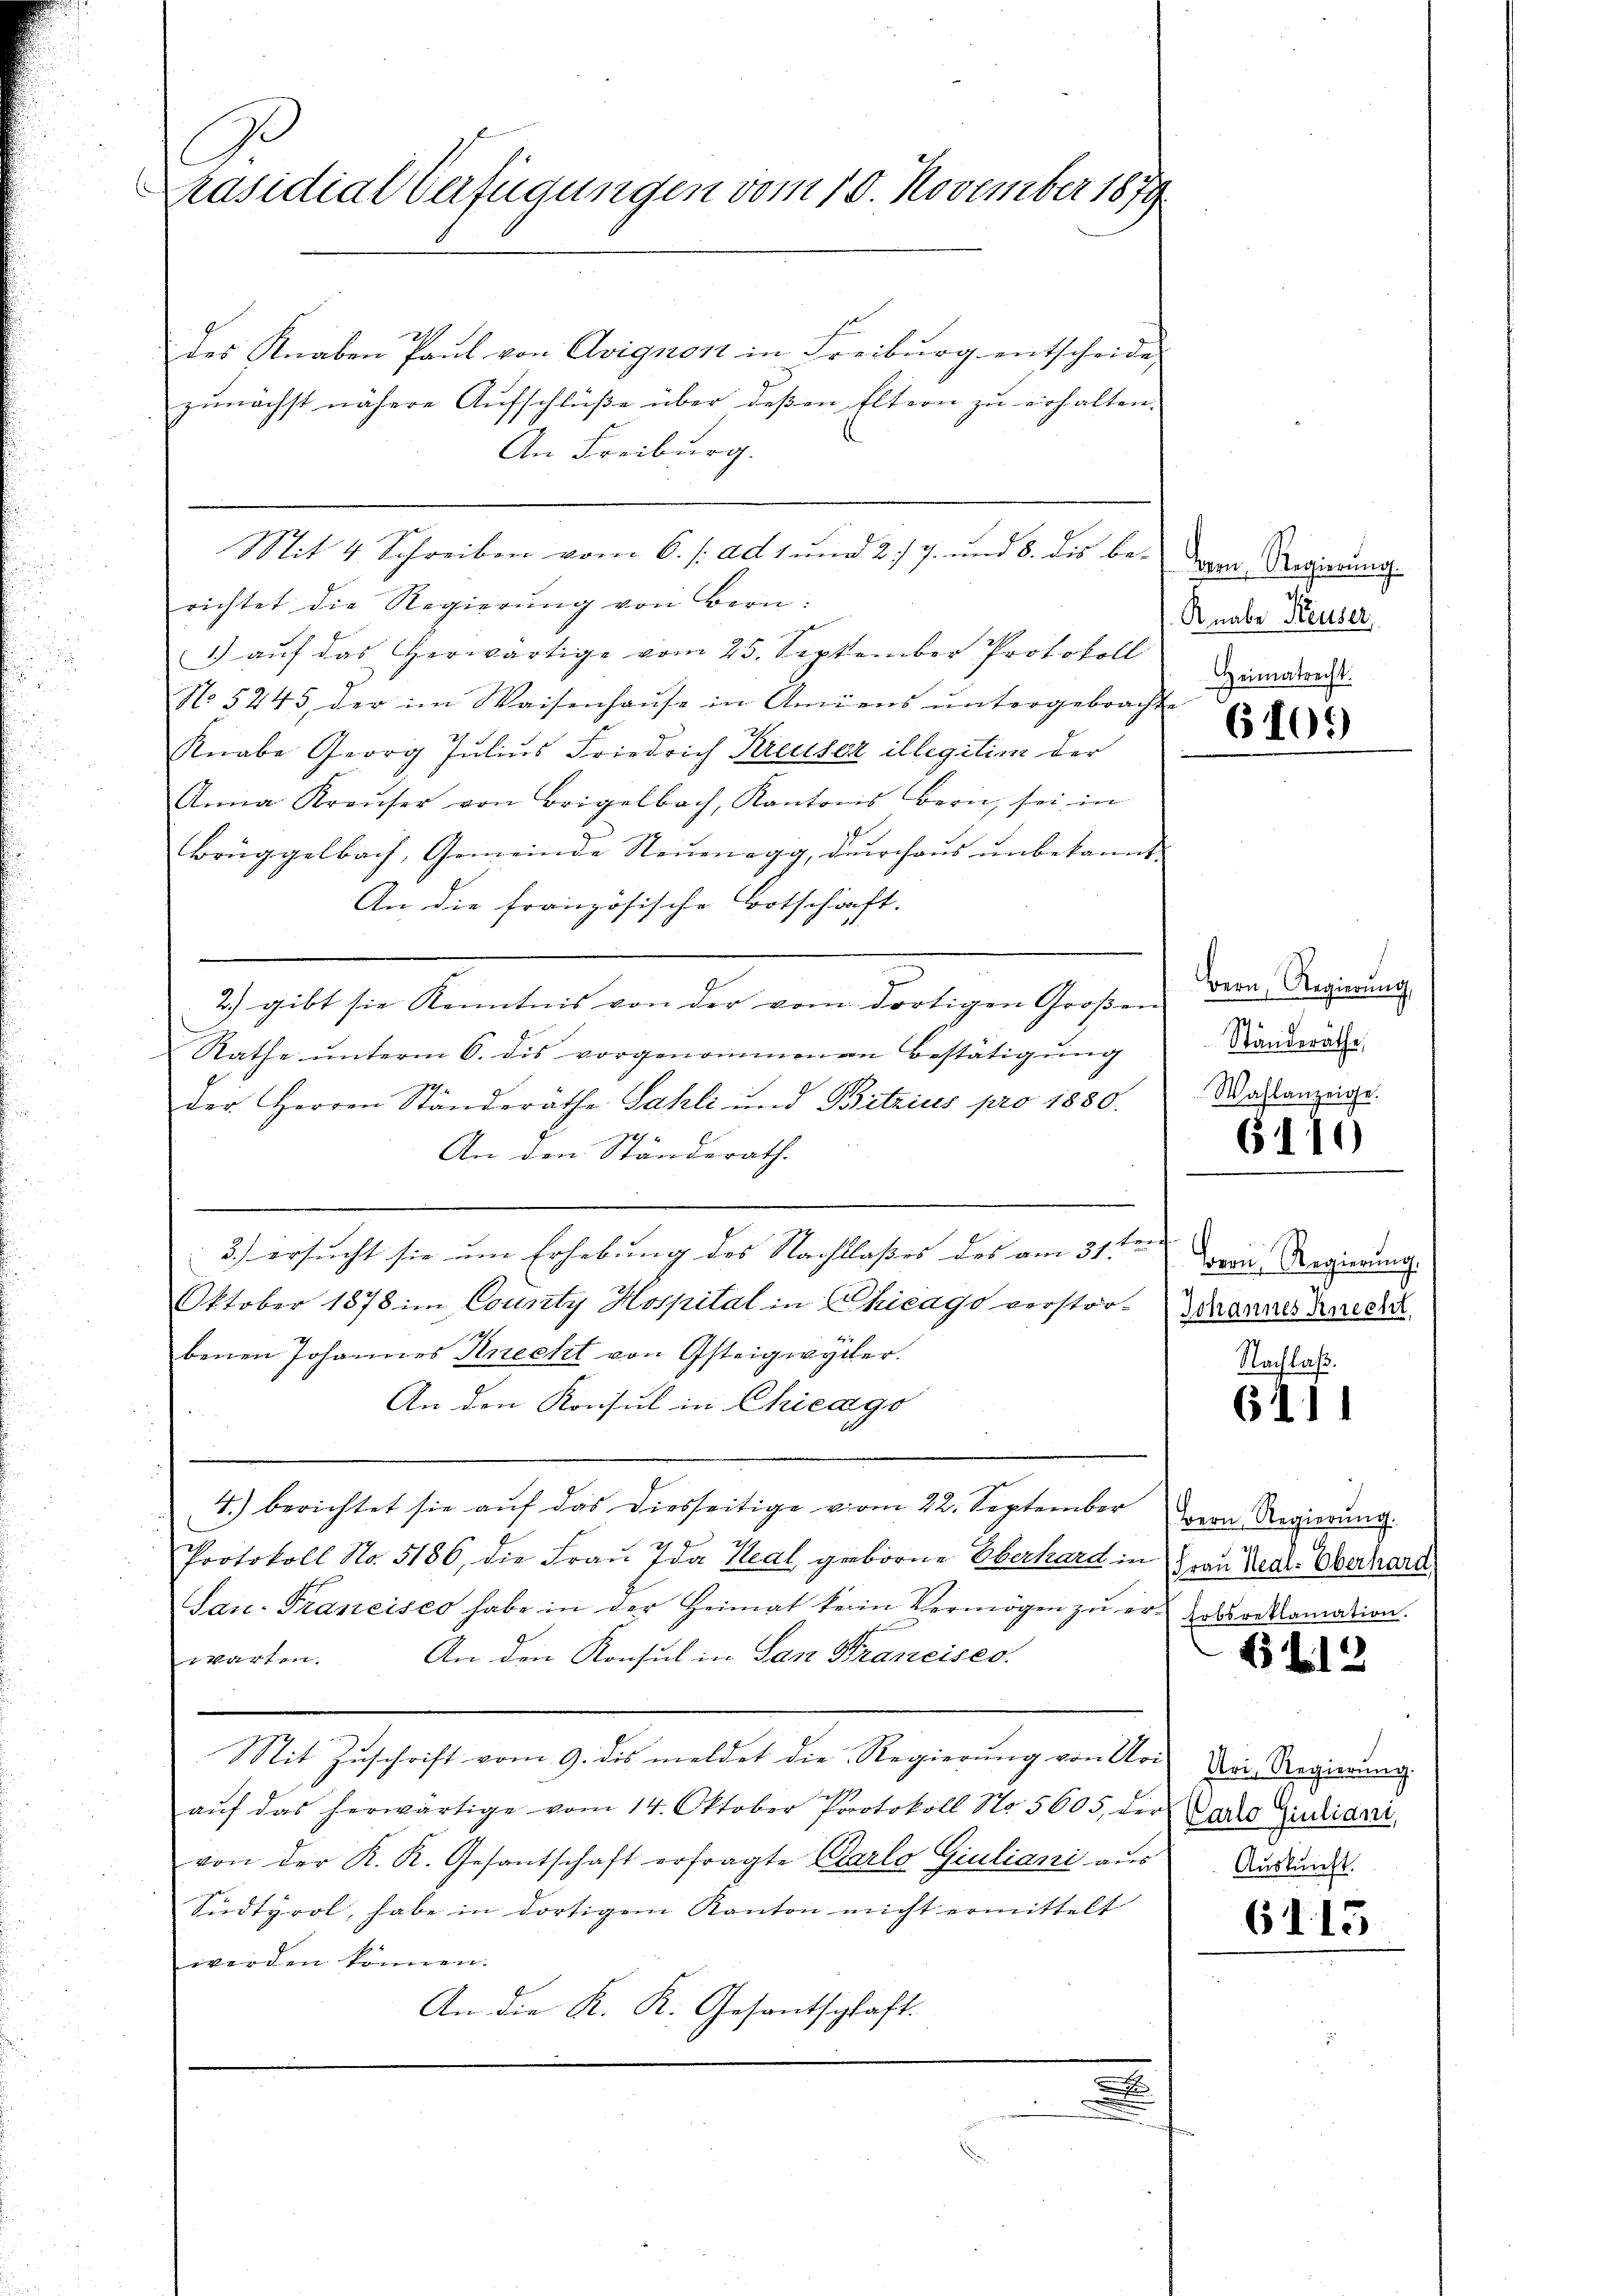
C
Präsidial Verfügungen vom 10. November 1879

21
des Knaben Paul von Avignon in Freiburg entscheide
zunächst nähere Aufschlüße über deßen Eltern zu erhalten.
An Freiburg.
richtet die Regierŭng von Bern:
1) auf das herwärtige vom 25. September Protokoll
No 5245 der im Waisenhaŭse in Amiens ŭntergebracht hinabred
Knabe Georg Julius Friedrich Kreuser illegitim der
Anna Kraŭser von Brigelbach, Kantons Bern, sei in
Brüggelbach, Gemeinde Neuenegg, durchaus unbekannt |
An die französische Botschaft.
2) gibt sie Kenntnis von der vom dortigen Großen
Rathe ŭnterm 6. dis vorgenommenen Bestätigŭng
der Herren Ständeräthe Sahli und Bitzius pro 1880.
An den Ständerath.
3.) ersucht sie um Erhebung des Nachtlaßes des am 31ten von Regierung.
Oktober 1878 im County Hospital in Chicago verstor-
1127
benen Johannes Knecht von Osteigwydler.
An den Konsul in Chicago
4) berichtet sie auf das diesseitige vom 22. September
Protokoll No. 5186, die Frau Ida Heal geborne Oberhard in
San. Francisco habe in der Heimat kein Vermögen zu er- Korreklamation.
warten. An den Konsul in San Francises.
Mit Zuschrift vom 9. dis meldet die Regierung von Uri
aŭf das herwärtige vom 14. Oktober Protokoll No 5605, der Dache Zulidari
von der K. K. Gesantschaft erfragte Carlo Giuliani aus
Sudtyrol, habe in dortigem Kanton nicht ermittelt
werden können.
An die K. K. Gesantschaft.

Mit 4 Schreiben vom 6. s. ad 1. und 2/7. und 8. dis be- Der Regierung

Knabe Reuser,

6105)

Bern, Regierung,
Standeräthe,
Wahlanzeige.

6110

Johannes Knecht,
Nachlaß.

6111

Bern, Regierung.
(Frau Heal-Oberhard.

23 S. 12

Uri, Regierung.
Auskunft.

6113